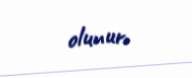
olunur.